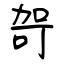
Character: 哿